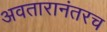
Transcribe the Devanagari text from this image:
अवतारानंतरच